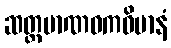
ဆတ္တမာဏဝကဝိမာနံ